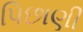
પિછાણી